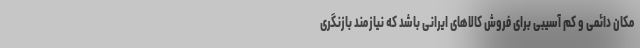
مکان دائمی و کم آسیبی برای فروش کالاهای ایرانی باشد که نیازمند بازنگری